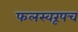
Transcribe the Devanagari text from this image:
फलस्वरूपच